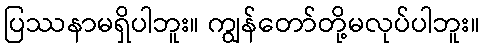
ပြဿနာမရှိပါဘူး။ ကျွန်တော်တို့မလုပ်ပါဘူး။